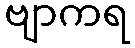
ဗျာကရ